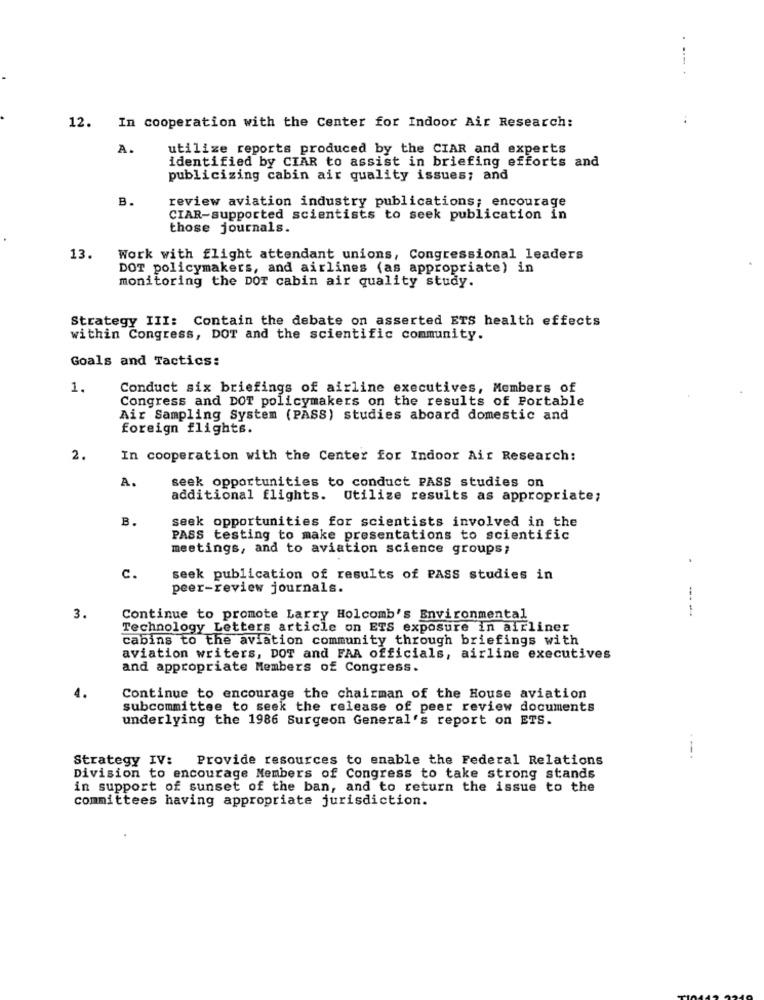
---
12. In cooperation with the Center for Indoor Air Research:
A.
utilize reports produced by the CIAR and experts
identified by CIAR to assist in briefing efforts and
publicizing cabin air quality issues; and
B.
review aviation industry publications; encourage
CIAR-supported scientists to seek publication in
those journals.
13.
Work with flight attendant unions, Congressional leaders
DOT policymakers, and airlines (as appropriate) in
monitoring the DOT cabin air quality study.
Strategy III: Contain the debate on asserted ETS health effects
within Congress, DOT and the scientific community.
Goals and Tactics:
1.
Conduct six briefings of airline executives, Members of
Congress and DOT policymakers on the results of Portable
Air Sampling System (PASS) studies aboard domestic and
foreign flights.
2.
In cooperation with the Center for Indoor Air Research:
A.
seek opportunities to conduct PASS studies on
additional flights. Utilize results as appropriate;
B.
seek opportunities for scientists involved in the
PASS testing to make presentations to scientific
meetings, and to aviation science groups;
C.
seek publication of results of PASS studies in
peer-review journals.
3.
Continue to promote Larry Holcomb's Environmental
Technology Letters article on ETS exposure in airliner
cabins to the aviation community through briefings with
aviation writers, DOT and FAA officials, airline executives
and appropriate Members of Congress.
4.
Continue to encourage the chairman of the House aviation
subcommittee to seek the release of peer review documents
underlying the 1986 Surgeon General's report on ETS.
Strategy IV: Provide resources to enable the Federal Relations
Division to encourage Members of Congress to take strong stands
in support of sunset of the ban, and to return the issue to the
committees having appropriate jurisdiction.